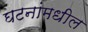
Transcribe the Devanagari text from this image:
घटनांमधील